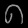
Digit: ၈